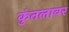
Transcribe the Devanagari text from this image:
कुंतलावर